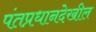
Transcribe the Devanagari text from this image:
पंतप्रधानदेखील